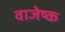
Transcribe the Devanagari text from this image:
वाजेष्क